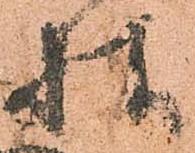
様